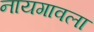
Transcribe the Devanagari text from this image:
नायगावला